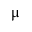
\upmu